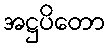
အဋ္ဌပိတော